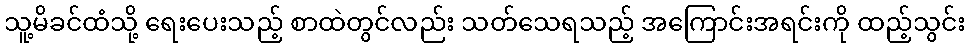
သူ့မိခင်ထံသို့ ရေးပေးသည့် စာထဲတွင်လည်း သတ်သေရသည့် အကြောင်းအရင်းကို ထည့်သွင်း